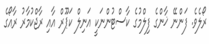
ރޯލެވެ. ފަންނޭ ޚާންގެ ފިލްމުގެ ކާސްޓުންނަކީ އަނިލް ކަޕޫރް އާއި ރާޖްކުމާރު ރާއޯގެ